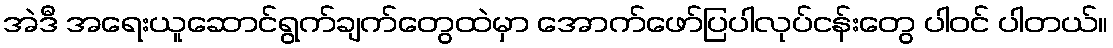
အဲဒီ အရေးယူဆောင်ရွက်ချက်တွေထဲမှာ အောက်ဖော်ပြပါလုပ်ငန်းတွေ ပါဝင် ပါတယ်။